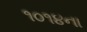
૧૦૧૪ના